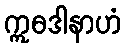
ဣဓဒါနာဟံ